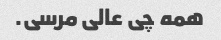
همه چی عالی مرسی.